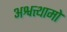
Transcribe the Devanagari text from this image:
अश्वत्थामो